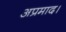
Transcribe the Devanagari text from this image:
अप्रमाद।